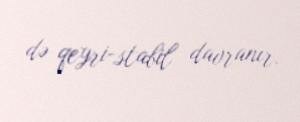
də qeyri-stabil davranır.